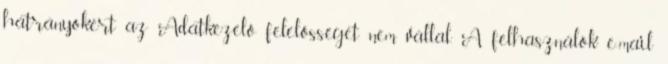
hátrányokért az Adatkezelő felelősséget nem vállal. A felhasználók e-mail